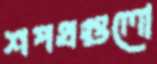
শপথগুলো